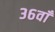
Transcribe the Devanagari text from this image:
३६वाँ